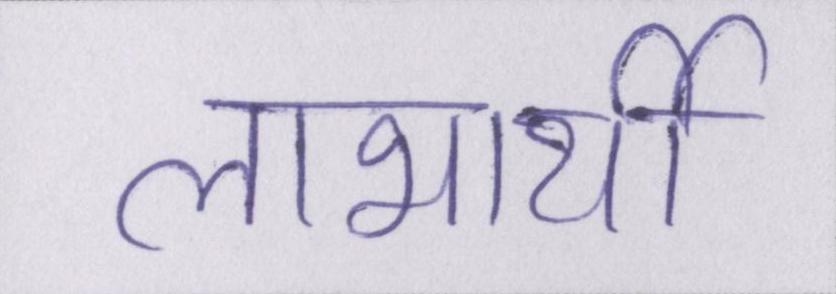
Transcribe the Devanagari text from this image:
लाभार्थी